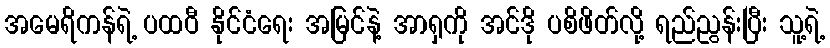
အမေရိကန်ရဲ့ ပထဝီ နိုင်ငံရေး အမြင်နဲ့ အာရှကို အင်ဒို ပစိဖိတ်လို့ ရည်ညွန်းပြီး သူ့ရဲ့